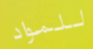
للمواد